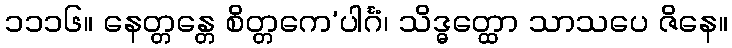
၁၁၁၆။ နေတ္တန္တေ စိတ္တကေ’ပါင်္ဂံ၊ သိဒ္ဓတ္ထော သာသပေ ဇိနေ။